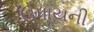
ઉપાયની